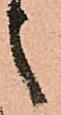
之